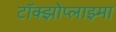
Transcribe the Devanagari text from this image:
टॉक्झोप्लाझ्मा